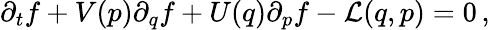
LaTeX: {\partial_{t}f}+V(p){\partial_{q}f}+U(q){\partial_{p}f}-\mathcal{L}(q,p)=0\, ,